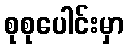
စုစုပေါင်းမှာ